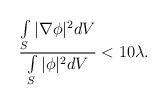
LaTeX: \begin{align*}\frac{\int\limits_S\vert\nabla\phi\vert^{2} dV}{\int\limits_S \vert\phi\vert^{2} dV} < 10 \lambda.\end{align*}